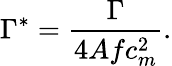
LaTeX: \Gamma^{*}=\frac{\Gamma}{4Afc_{m}^{2}}.